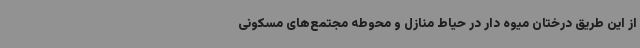
از این طریق درختان میوه دار در حیاط منازل و محوطه مجتمع‌های مسکونی